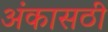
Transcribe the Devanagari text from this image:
अंकासठी